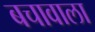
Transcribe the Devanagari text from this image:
बचावाला